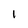
Character: I